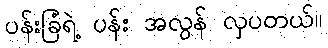
ပန်းခြံရဲ့ ပန်း အလွန် လှပတယ်။